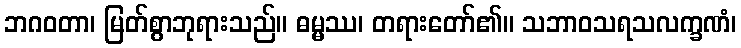
ဘဂဝတာ၊ မြတ်စွာဘုရားသည်။ ဓမ္မဿ၊ တရားတော်၏။ သဘာဝသရသလက္ခဏံ၊